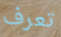
تعرف